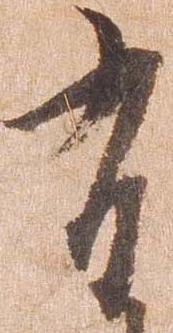
有